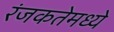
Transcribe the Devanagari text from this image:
रंजकतेमध्ये